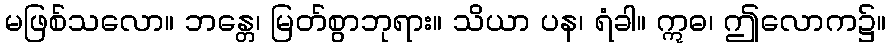
မဖြစ်သလော။ ဘန္တေ၊ မြတ်စွာဘုရား။ သိယာ ပန၊ ရံခါ။ ဣဓ၊ ဤလောက၌။